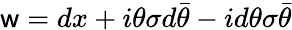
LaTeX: {\sf w}=dx+i\theta\sigma d\bar{\theta}-id\theta\sigma\bar{\theta}